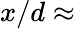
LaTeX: x/d\approx